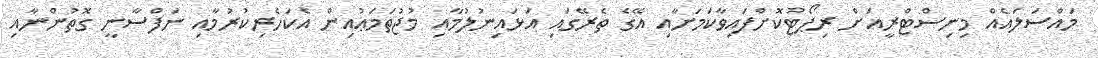
މައްސަލައެއް މިނިސްޓްރީއަށް ރިޕޯޓުކޮށްފައިވާކަމަށާއި އޭގެ ތެރޭގައި އަޅައިނުލުމާއި މުޖުތަމަޢުއިން އެކަހެރިކުރުމާއި ނަފްސާނީ ގޮތުންނާއި